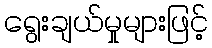
ရွေးချယ်မှုများဖြင့်